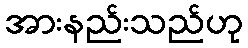
အားနည်းသည်ဟု